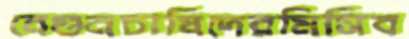
বেগুনচাষিদেরমিসিব